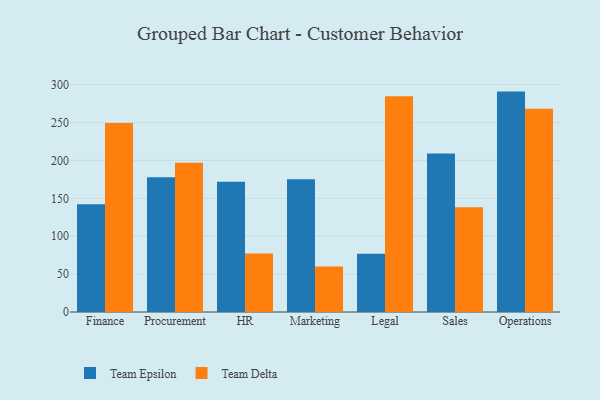
{"axis": {"x": "Department", "y": "Gross Profit (USD K)"}, "legend": ["Team Delta", "Team Epsilon"], "data": [{"x": "Finance", "y": 142.1, "type": "Team Epsilon"}, {"x": "Finance", "y": 249.5, "type": "Team Delta"}, {"x": "Procurement", "y": 177.7, "type": "Team Epsilon"}, {"x": "Procurement", "y": 197.0, "type": "Team Delta"}, {"x": "HR", "y": 171.9, "type": "Team Epsilon"}, {"x": "HR", "y": 77.2, "type": "Team Delta"}, {"x": "Marketing", "y": 175.1, "type": "Team Epsilon"}, {"x": "Marketing", "y": 60.1, "type": "Team Delta"}, {"x": "Legal", "y": 77.0, "type": "Team Epsilon"}, {"x": "Legal", "y": 284.8, "type": "Team Delta"}, {"x": "Sales", "y": 209.2, "type": "Team Epsilon"}, {"x": "Sales", "y": 138.3, "type": "Team Delta"}, {"x": "Operations", "y": 290.9, "type": "Team Epsilon"}, {"x": "Operations", "y": 268.4, "type": "Team Delta"}]}